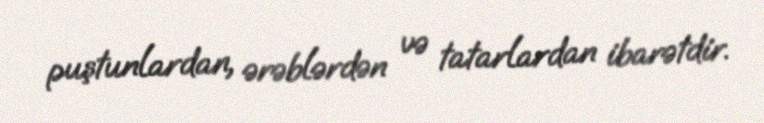
puştunlardan, ərəblərdən və tatarlardan ibarətdir.